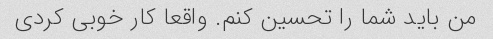
من باید شما را تحسین کنم. واقعا کار خوبی کردی